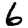
Digit: 6